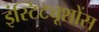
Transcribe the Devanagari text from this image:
इंस्टिट्यूशोंस